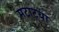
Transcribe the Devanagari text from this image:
मटाट्या